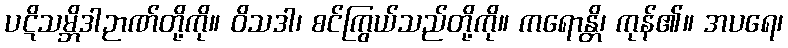
ပဋိသမ္ဘိဒါဉာဏ်တို့ကို။ ဝိသဒါ၊ စင်ကြွယ်သည်တို့ကို။ ကရောန္တိ၊ ကုန်၏။ အပရေ၊